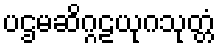
ပဌမဆိဂ္ဂဠယုဂသုတ္တံ